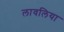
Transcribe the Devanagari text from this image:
लावलिया